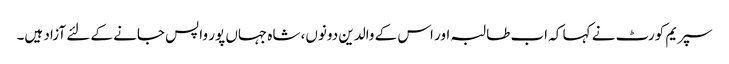
سپریم کورٹ نے کہا کہ اب طالبہ اور اس کے والدین دونوں، شاہ جہاں پور واپس جانے کے لئے آزاد ہیں۔